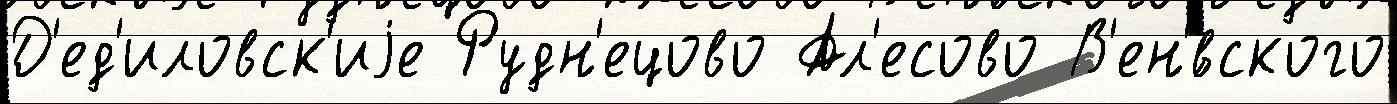
Д'ед'иловск'иjе Рудн'ецово Ал'есово В'ен'́вского